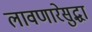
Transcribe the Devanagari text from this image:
लावणारेसुद्धा